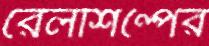
রেলশিল্পের